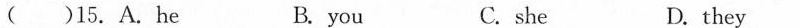
( )15.A.he B.you C.she D.they